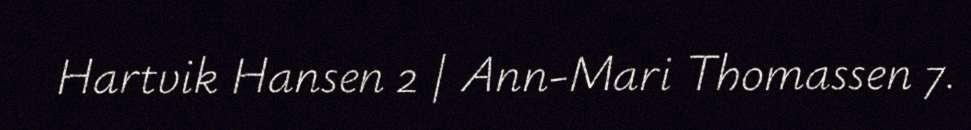
Hartvik Hansen 2 | Ann-Mari Thomassen 7.